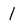
Character: l